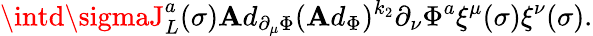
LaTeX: \intd\sigmaJ_{L}^{a}(\sigma)\mathbf{A}d_{\partial_{\mu}\Phi}(\mathbf{A}d_{\Phi})^{k_{2}}\partial_{\nu}\Phi^{a}\xi^{\mu}(\sigma)\xi^{\nu}(\sigma).